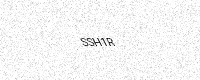
Text: SSH1R